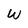
Character: W